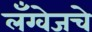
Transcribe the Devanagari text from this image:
लँग्वेजचे